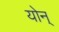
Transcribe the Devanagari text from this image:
योन्